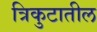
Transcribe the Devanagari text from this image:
त्रिकुटातील